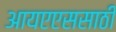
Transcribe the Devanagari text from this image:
आयएएससाठी